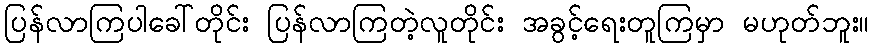
ပြန်လာကြပါခေါ်တိုင်း ပြန်လာကြတဲ့လူတိုင်း အခွင့်ရေးတူကြမှာ မဟုတ်ဘူး။